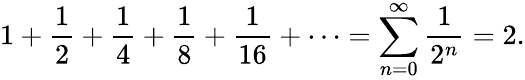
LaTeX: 1+{\frac{1}{2}}+{\frac{1}{4}}+{\frac{1}{8}}+{\frac{1}{16}}+\cdots=\sum_{n=0}^{\infty}{\frac{1}{2^{n}}}=2.